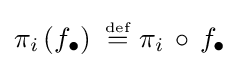
\pi _{i}\left(f_{\bullet }\right)~{\stackrel {\scriptscriptstyle {\text{def}}}{=}}~\pi _{i}\,\circ \,f_{\bullet }